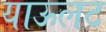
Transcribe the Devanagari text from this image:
याऊलट